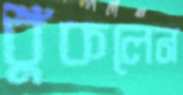
ধুঁকলেন